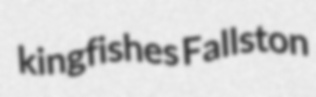
kingfishes Fallston